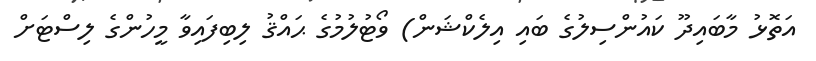
އަތޮޅު މާބައިދޫ ކައުންސިލުގެ ބައި އިލެކްޝަން) ވޯޓުލުމުގެ ޙައްޤު ލިބިފައިވާ މީހުންގެ ލިސްޓަށް